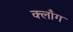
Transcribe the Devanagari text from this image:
क्लाँग